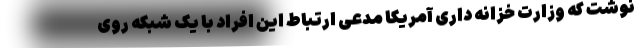
نوشت که وزارت خزانه داری آمریکا مدعی ارتباط این افراد با یک شبکه روی